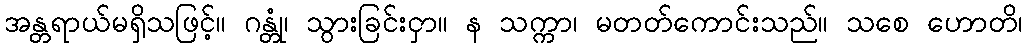
အန္တရာယ်မရှိသဖြင့်။ ဂန္တုံ၊ သွားခြင်းငှာ။ န သက္ကာ၊ မတတ်ကောင်းသည်။ သစေ ဟောတိ၊